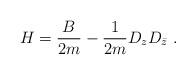
LaTeX: \begin{align*}H = \frac{B}{2m} - \frac{1}{2m} D_z D_{\bar z}\ .\end{align*}